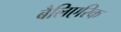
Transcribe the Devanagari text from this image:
बैलिएरिक